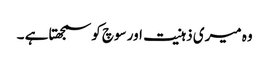
وہ میری ذہنیت اور سوچ کو سمجھتا ہے ۔